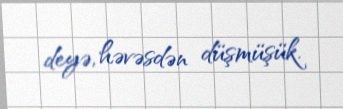
deyə, həvəsdən düşmüşük.